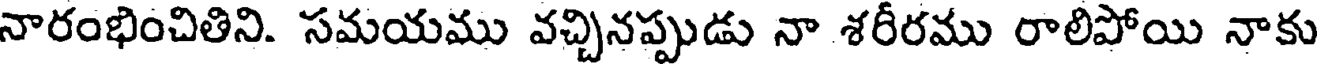
నారంభించితిని. సమయము వచ్చినప్పుడు నా శరీరము రాలిపోయి నాకు